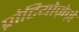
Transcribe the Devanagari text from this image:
प्रोटियोज़ेज़े